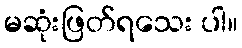
မဆုံးဖြတ်ရသေး ပါ။